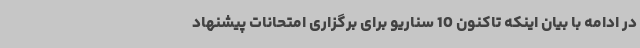
در ادامه با بیان اینکه تاکنون 10 سناریو برای برگزاری امتحانات پیشنهاد